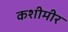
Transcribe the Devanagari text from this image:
कशीमीर